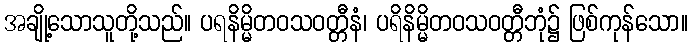
အချို့သောသူတို့သည်။ ပရနိမ္မိတဝသဝတ္တီနံ၊ ပရိနိမ္မိတဝသဝတ္တီဘုံ၌ ဖြစ်ကုန်သော။